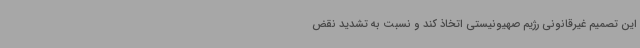
این تصمیم غیرقانونی رژیم صهیونیستی اتخاذ کند و نسبت به تشدید نقض